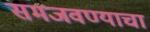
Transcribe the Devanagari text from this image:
समजवण्याचा